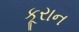
કૂરાન